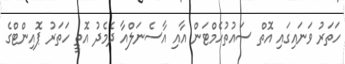
ހަތަރު ވަނައިގައި އޮތް ސައުތުހެމްޓަން އާއި އާސެނަލްއާ ދެމެދު އޮތީ ހަތަރު ޕޮއިންޓްގެ